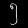
Digit: ၅